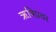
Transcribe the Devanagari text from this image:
ऋषिप्रवर